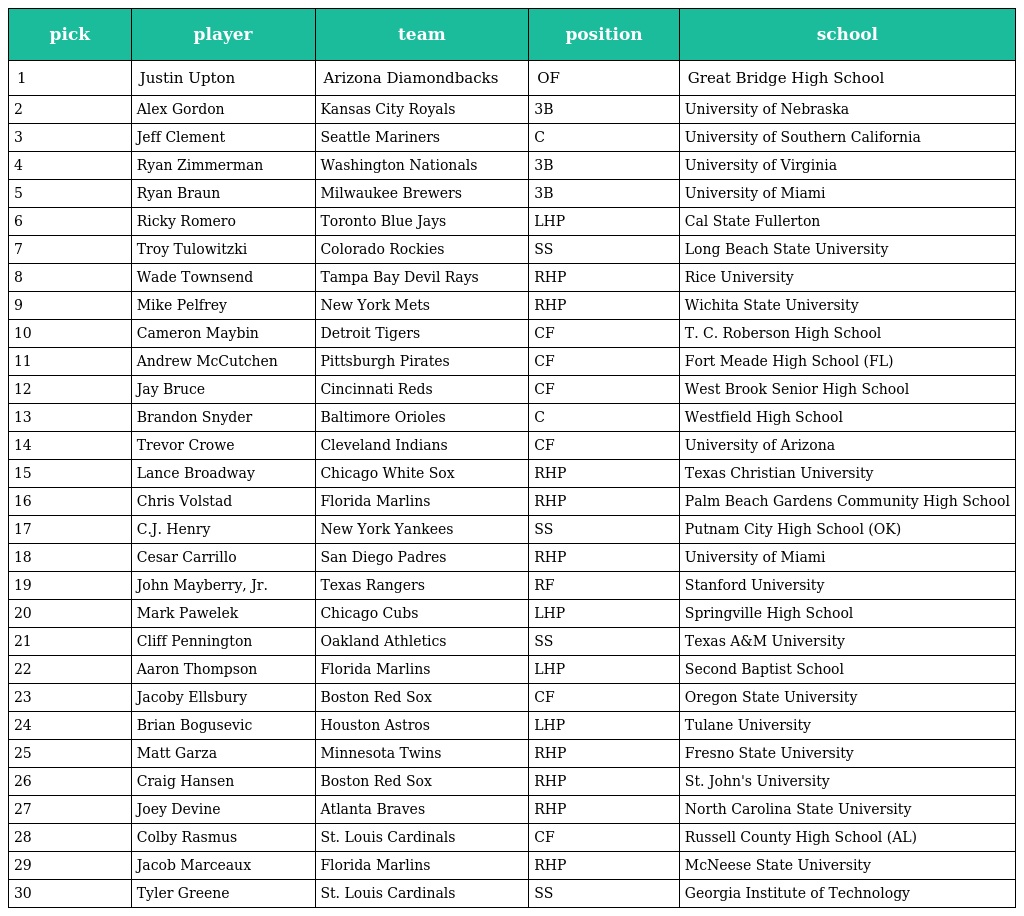
| pick | player | team | position | school |
 | --- | --- | --- | --- | --- |
 | 1 | Justin Upton | Arizona Diamondbacks | OF | Great Bridge High School |
 | 2 | Alex Gordon | Kansas City Royals | 3B | University of Nebraska |
 | 3 | Jeff Clement | Seattle Mariners | C | University of Southern California |
 | 4 | Ryan Zimmerman | Washington Nationals | 3B | University of Virginia |
 | 5 | Ryan Braun | Milwaukee Brewers | 3B | University of Miami |
 | 6 | Ricky Romero | Toronto Blue Jays | LHP | Cal State Fullerton |
 | 7 | Troy Tulowitzki | Colorado Rockies | SS | Long Beach State University |
 | 8 | Wade Townsend | Tampa Bay Devil Rays | RHP | Rice University |
 | 9 | Mike Pelfrey | New York Mets | RHP | Wichita State University |
 | 10 | Cameron Maybin | Detroit Tigers | CF | T. C. Roberson High School |
 | 11 | Andrew McCutchen | Pittsburgh Pirates | CF | Fort Meade High School (FL) |
 | 12 | Jay Bruce | Cincinnati Reds | CF | West Brook Senior High School |
 | 13 | Brandon Snyder | Baltimore Orioles | C | Westfield High School |
 | 14 | Trevor Crowe | Cleveland Indians | CF | University of Arizona |
 | 15 | Lance Broadway | Chicago White Sox | RHP | Texas Christian University |
 | 16 | Chris Volstad | Florida Marlins | RHP | Palm Beach Gardens Community High School |
 | 17 | C.J. Henry | New York Yankees | SS | Putnam City High School (OK) |
 | 18 | Cesar Carrillo | San Diego Padres | RHP | University of Miami |
 | 19 | John Mayberry, Jr. | Texas Rangers | RF | Stanford University |
 | 20 | Mark Pawelek | Chicago Cubs | LHP | Springville High School |
 | 21 | Cliff Pennington | Oakland Athletics | SS | Texas A&M University |
 | 22 | Aaron Thompson | Florida Marlins | LHP | Second Baptist School |
 | 23 | Jacoby Ellsbury | Boston Red Sox | CF | Oregon State University |
 | 24 | Brian Bogusevic | Houston Astros | LHP | Tulane University |
 | 25 | Matt Garza | Minnesota Twins | RHP | Fresno State University |
 | 26 | Craig Hansen | Boston Red Sox | RHP | St. John's University |
 | 27 | Joey Devine | Atlanta Braves | RHP | North Carolina State University |
 | 28 | Colby Rasmus | St. Louis Cardinals | CF | Russell County High School (AL) |
 | 29 | Jacob Marceaux | Florida Marlins | RHP | McNeese State University |
 | 30 | Tyler Greene | St. Louis Cardinals | SS | Georgia Institute of Technology |